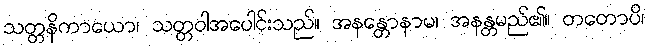
သတ္တနိကာယော၊ သတ္တဝါအပေါင်းသည်။ အနန္တောနာမ၊ အနန္တမည်၏။ တတောပိ၊